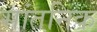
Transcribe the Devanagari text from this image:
सांतनिक